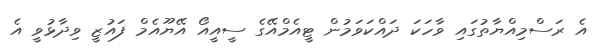
އެ ރަސްމިއްޔާތުގައި ވާހަކަ ދައްކަވަމުން ޓީއެމްއޭގެ ސީއީއޯ އޭޔޫއެމް ފައުޒީ ވިދާޅުވީ އެ